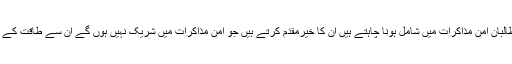
ان کا کہنا تھا کہ جو طالبان امن مذاکرات میں شامل ہونا چاہتے ہیں ان کا خیرمقدم کرتے ہیں جو امن مذاکرات میں شریک نہیں ہوں گے ان سے طاقت کے ذریعے نمٹا جائے گا۔